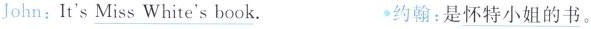
John:It's \underline{Miss} White's book. 约翰:是\underline{特小姐的书}。